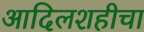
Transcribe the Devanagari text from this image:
आदिलशहीचा